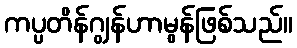
ကပ္ပတိန်ဂျွန်ဟာမွန်ဖြစ်သည်။